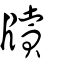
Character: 牘